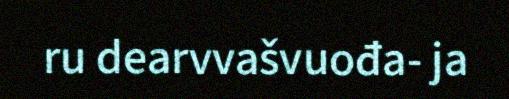
ru dearvvašvuođa- ja